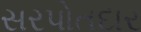
સરપોતદાર